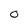
Character: O